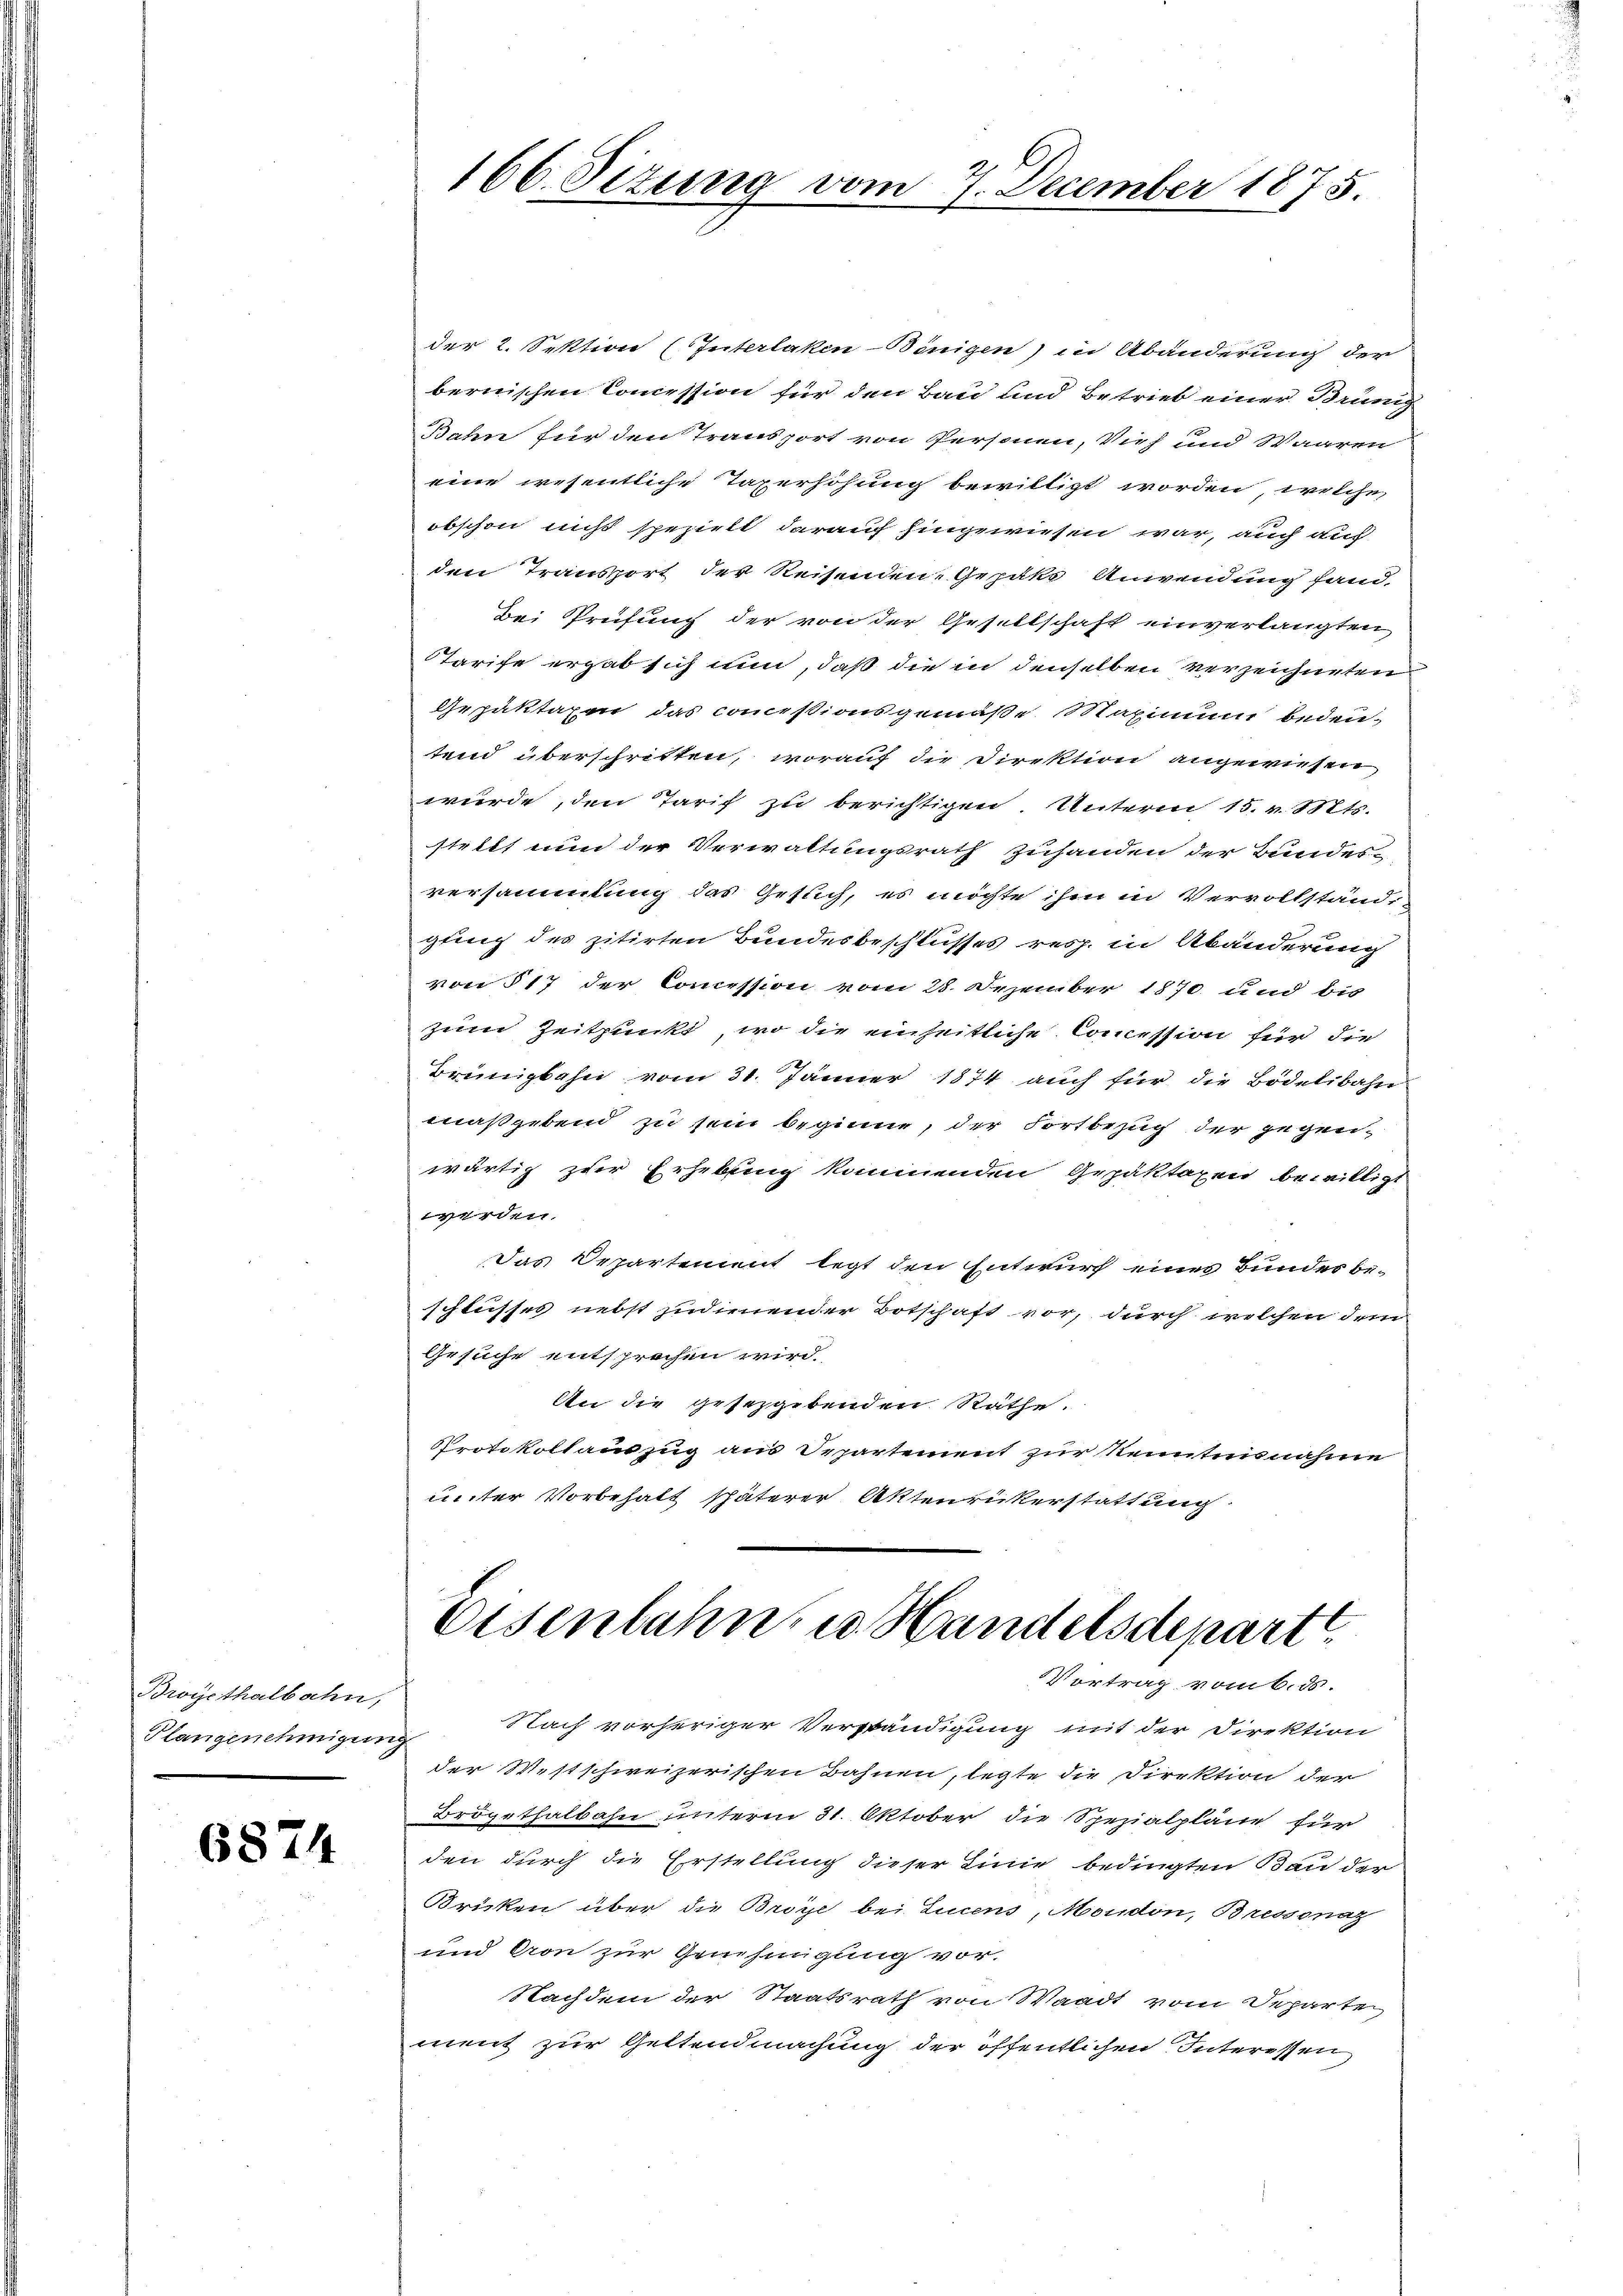
Broysthalbahn,
Plangenehmigung

6874

der 2. Sektion (Interlaken-Binigen) in Abänderung der
bernischen Commission für den Bau und Betrieb einer Brung
Bahn für den Transport von Personen, Vieh und Waaren
eine wesentliche Taserhöhung bewilligt worden, welche
obschon nicht speziell darauf hingewiesen war, auch auch
den Transport der Reisenden, Gepaks Anwendung fand,
Bei Prüfung der von der Gesellschaft einverlangten
STarife ergab sich nun, daß die in denselben verzeichneten
Gepaktaxen das commissionsgemäße Maximum bedeu-
tend überschritten, worauf die Direktion angewiesen
wurde, den Tarif zu berichtigen. Unterm 15. v. Mts.
stellt nun der Verwaltungsrath zuhanden der Bundes-
versammlung das Gesuch, es möchte ihm in Vervollständi-
gung des zitirten Bundesbeschlusses resp. in Abänderung
von § 17 der Commission vom 28. Dezember 1870 und bis
zum Zeitpunkt, wo die einheitliche Commission für die
Brüngbahn vom 31. Jänner 1874 auch für die Bödelibahn
maßgebend zu sein beginne, der Fortbezug der gegenwärtig zur Erhebung kommenden Gepäktaxen bewilligt
werden.
Das Departement legt den Entwurf eines Bundes beschlusses nebst zudienender Botschaft vor, durch welchen dem
Gesuche entsprochen wird.
An die gesetzgebenden Räthe.
Protokollauszug aus Departement zur Kenntnisnahme
unter Vorbehalt späterer Aktenrükerstattung

166. Situng

vom 7. December 1875.

Eisenbahn, u. Handelsdepart
Vortrag vom 6. ds.

Nach vorheriger Verständigung mit der Direktion
der Westschweizerischen Bahnen, legte die Direktion der
Brögethalbahn unterm 31. Oktober die Spezialpläne für
den durch die Erstellung dieser Linie bedingten Bau der
Brücken über die Broye bei Einens, Moudon, Bressonaz
und von zur Genehmigung vor.
Nachdem der Staatsrath von Waadt vom Separten
ment zur Geltendmachung der öffentlichen Interessen